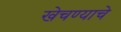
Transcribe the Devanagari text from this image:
खेचण्याचे